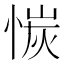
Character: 𫺣